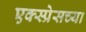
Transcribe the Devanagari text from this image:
एक्स्प्रेसच्या